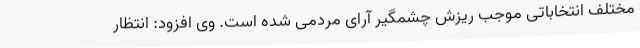
مختلف انتخاباتی موجب ریزش چشمگیر آرای مردمی شده است. وی افزود: انتظار